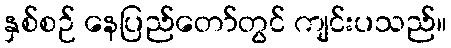
နှစ်စဉ် နေပြည်တော်တွင် ကျင်းပသည်။